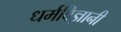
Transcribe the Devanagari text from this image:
धर्मविज्ञानी